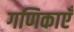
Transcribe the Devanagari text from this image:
गणिकाएँ